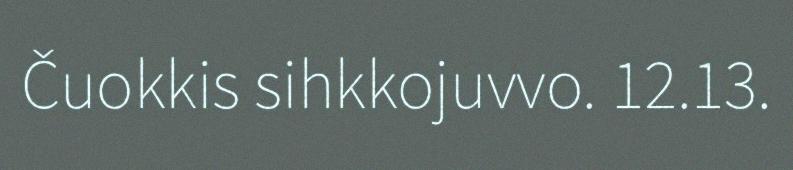
Čuokkis sihkkojuvvo. 12.13.